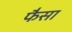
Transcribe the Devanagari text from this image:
फैसा